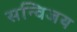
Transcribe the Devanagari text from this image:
सन्विजय